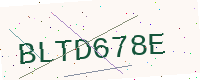
Text: BLTD678E